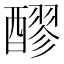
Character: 醪